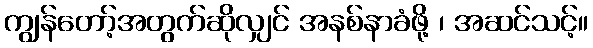
ကျွန်တော့်အတွက်ဆိုလျှင် အနစ်နာခံဖို့ ၊ အဆင်သင့်။